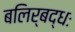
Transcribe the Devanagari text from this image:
बलिर्बद्धः